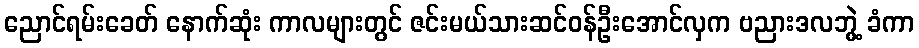
ညောင်ရမ်းခေတ် နောက်ဆုံး ကာလများတွင် ဇင်းမယ်သားဆင်ဝန်ဦးအောင်လှက ဗညားဒလဘွဲ့ ခံကာ